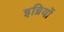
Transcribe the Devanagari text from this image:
इब्रियों